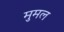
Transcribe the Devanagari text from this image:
मुमल